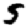
Digit: 5